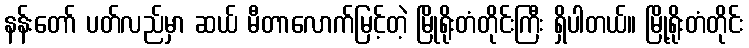
နန်းတော် ပတ်လည်မှာ ဆယ် မီတာလောက်မြင့်တဲ့ မြိုရိုးတံတိုင်းကြီး ရှိပါတယ်။ မြို့ရိုးတံတိုင်း